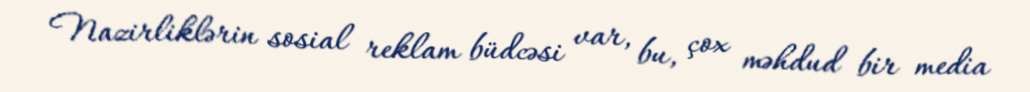
Nazirliklərin sosial reklam büdcəsi var, bu, çox məhdud bir media